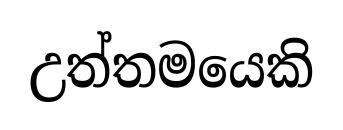
උත්තමයෙකි